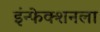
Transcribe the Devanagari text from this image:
इंन्फेक्शनला